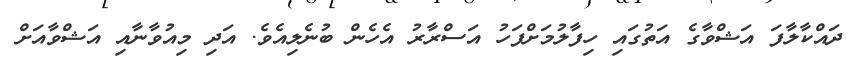
ދައްކާލާފަ އަޝްވާގެ އަތުގައި ހިފާލުމަށްފަހު އަސްރާރު އެހެން ބުނެލިއެވެ. އަދި މިއުވާނާއި އަޝްވާއަށް